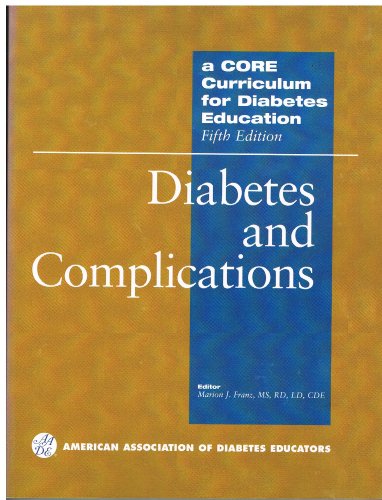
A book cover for A Core Curriculum for Diabetes Education: Diabetes And Complications; American Association of Diabetes Educators; Health, Fitness & Dieting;